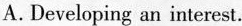
A.Developing an interest.